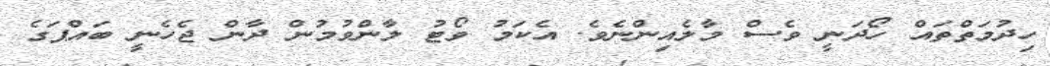
ހިދުމަތްތައް ހޯދަނީ ވެސް މާލެއިންނެވެ. އެކަމު ވޯޓު ލާންވުމުން ދާން ޖެހެނީ ބައްޕަގެ